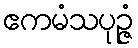
ဧကမံသပုဉ္ဇံ